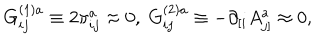
G _ { i j } ^ { ( 1 ) a } \equiv 2 \pi _ { i j } ^ { a } \approx 0 , \; G _ { i j } ^ { ( 2 ) a } \equiv - \partial _ { [ i } A _ { j ] } ^ { a } \approx 0 ,